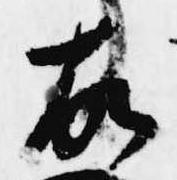
故